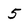
Character: 5